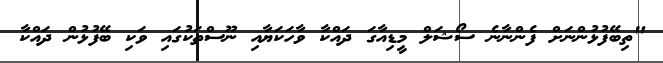
"ތިބޭފުޅުންނަށް ފެންނާނެ ސޯޝަލް މީޑިއާގަ ދައްކާ ވާހަކަޔާއި ނޫސްތަކުގައި ވަކި ބޭފުޅުން ދައްކާ